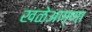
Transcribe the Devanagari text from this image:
खळेअण्णा